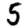
Digit: 5